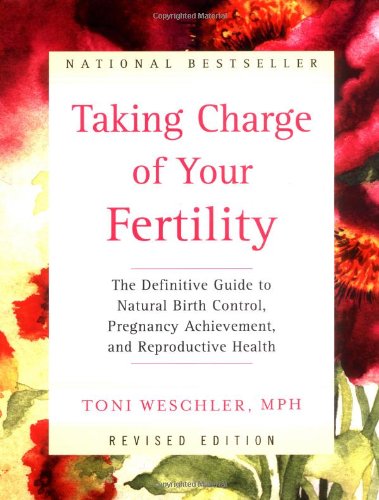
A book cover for Taking Charge of Your Fertility: The Definitive Guide to Natural Birth Control, Pregnancy Achievement, and Reproductive Health (Revised Edition); Toni Weschler; Health, Fitness & Dieting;